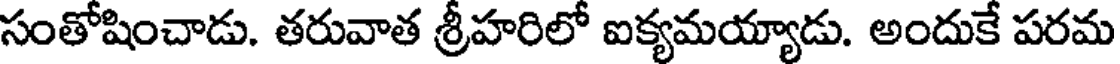
సంతోషించాడు. తరువాత శ్రీహరిలో ఐక్యమయ్యాడు. అందుకే పరమ